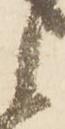
候